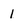
Character: 1